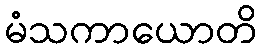
မံသကာယောတိ